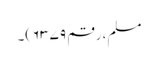
مسلم، رقم ۶۳۷۹)۔